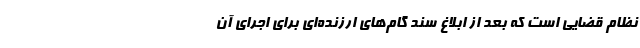
نظام قضایی است که بعد از ابلاغ سند گام‌های ارزنده‌ای برای اجرای آن